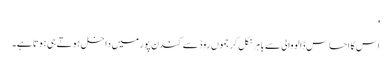
'
اس کا احساس ڈالووالی سے باہر نکل کر جموں روڈ سے کندن پور میں داخل ہوتے ہی ہوتا ہے۔